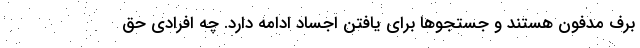
برف مدفون هستند و جستجوها برای یافتن اجساد ادامه دارد. چه افرادی حق